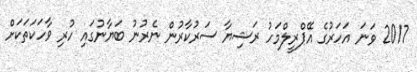
2017 ވަނަ އަހަރުގެ އޭޕްރީލްމަހު ރަޝިޔާ ސަރުކާރުން ނެރުނު ބަޔާނުގައި ހުރި ވާހަކަތަކަށް